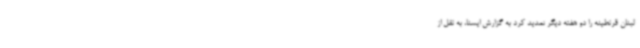
لبنان قرنطینه را دو هفته دیگر تمدید کرد به گزارش ایسنا، به نقل از